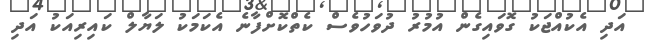
އަދި އެކުއްޖަކު ގޮވައިގެން އުމުރު ދުވަހުވެސް ކެތްކޮށްފާނެ އެކަމަކު ލަޔާލް ކައިރިއަކު އަދި